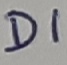
Text: D1